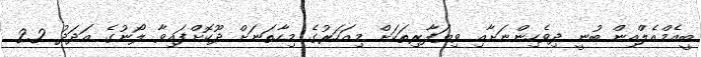
ބީއެމްއެލްއިން ބުނީ ދިވެހިންނަށާއި ވިޔަފާރިތަކަށް މިއަހަރުގެ މިހާތަނަށް ދޫކޮށްފައިވާ ލޯނުގެ އަދަދު 2.2